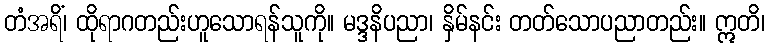
တံအရိံ၊ ထိုရာဂတည်းဟူသောရန်သူကို။ မဒ္ဒနိပညာ၊ နှိမ်နင်း တတ်သောပညာတည်း။ ဣတိ၊